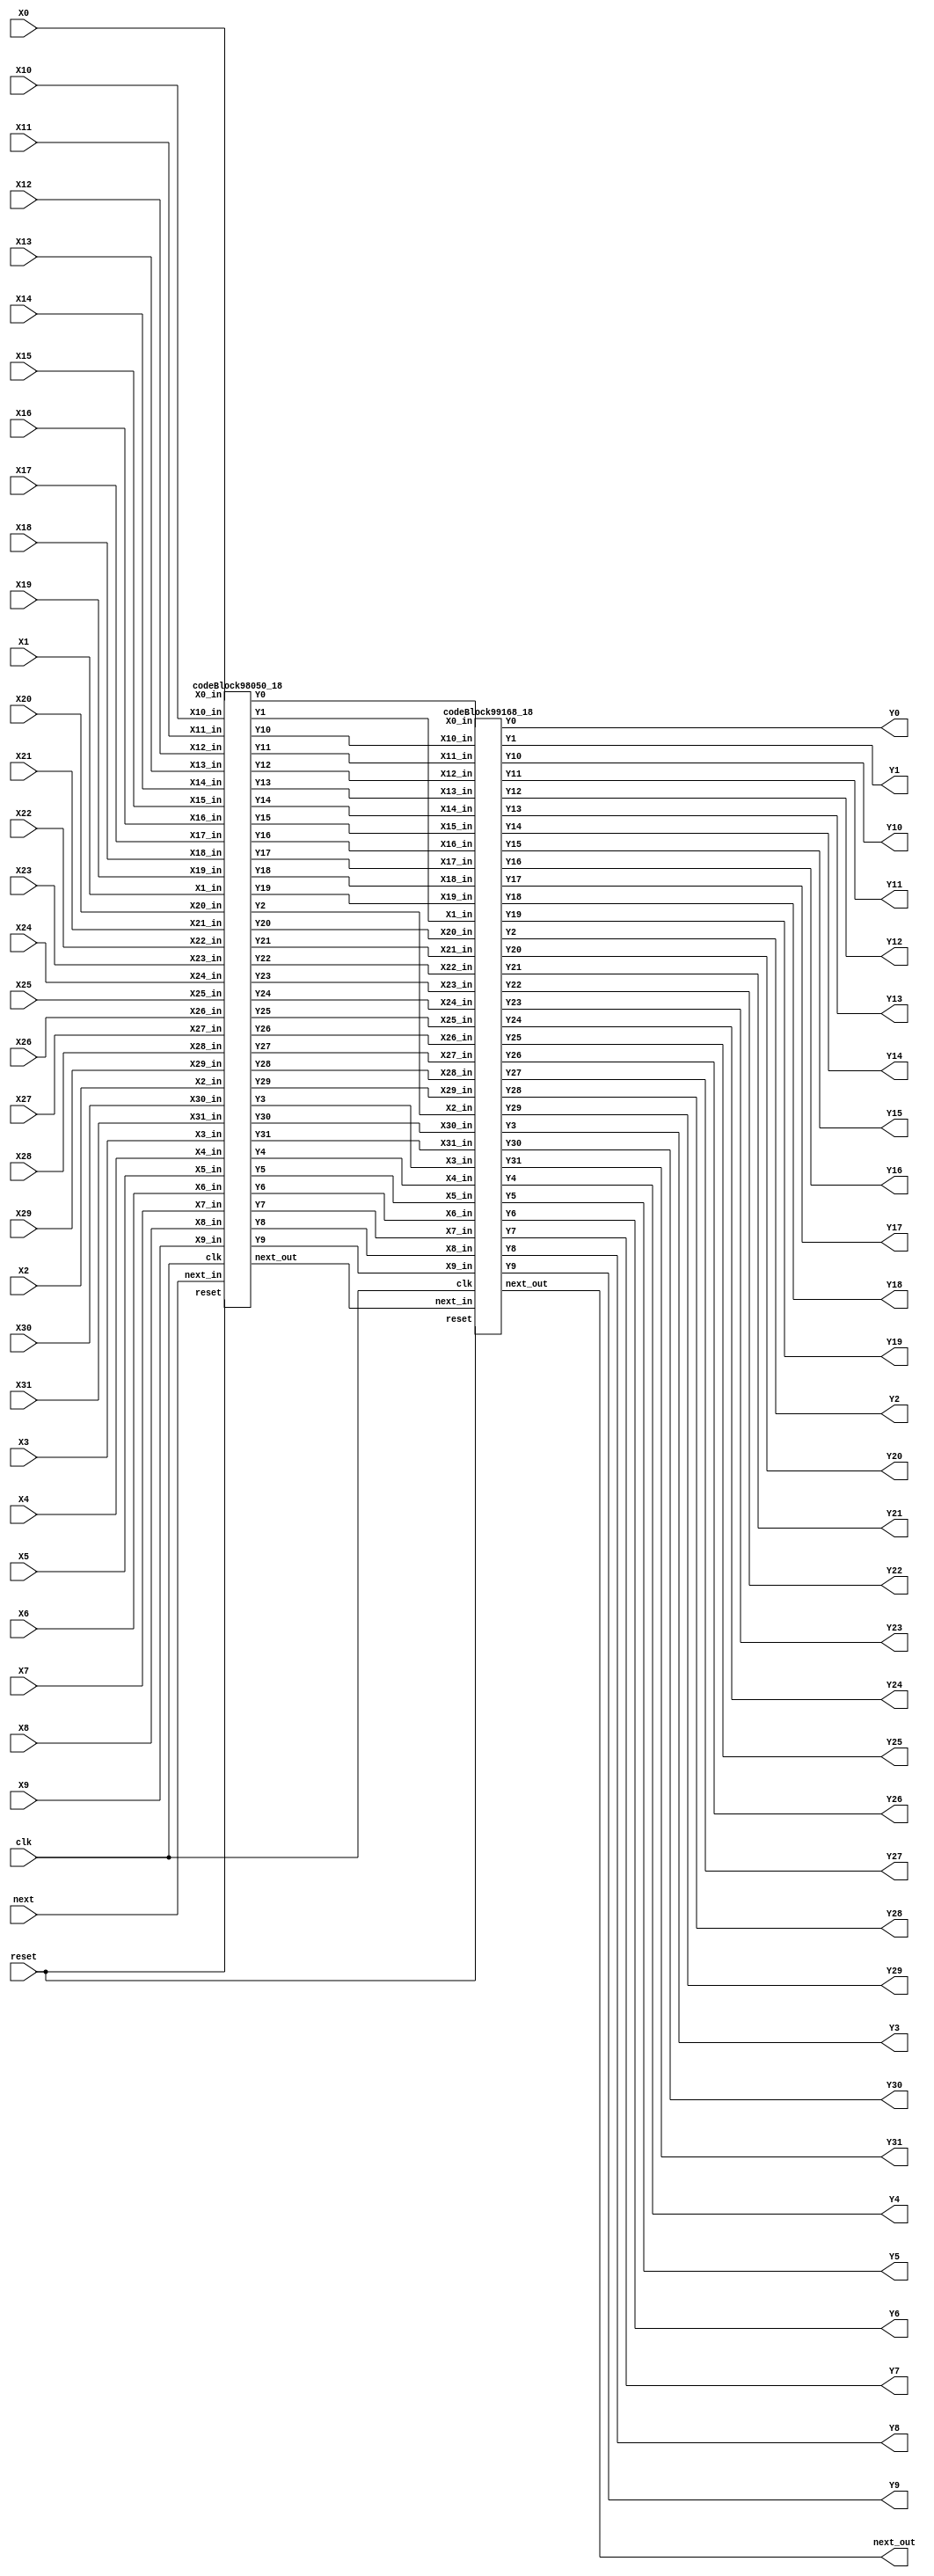
`define SIMULATION_MEMORY

module idft_16_top_18 (
	input clk,
	input reset,
	input next,
	input [17:0] X0,
	output [17:0] Y0,
	input [17:0] X1,
	output [17:0] Y1,
	input [17:0] X2,
	output [17:0] Y2,
	input [17:0] X3,
	output [17:0] Y3,
	input [17:0] X4,
	output [17:0] Y4,
	input [17:0] X5,
	output [17:0] Y5,
	input [17:0] X6,
	output [17:0] Y6,
	input [17:0] X7,
	output [17:0] Y7,
	input [17:0] X8,
	output [17:0] Y8,
	input [17:0] X9,
	output [17:0] Y9,
	input [17:0] X10,
	output [17:0] Y10,
	input [17:0] X11,
	output [17:0] Y11,
	input [17:0] X12,
	output [17:0] Y12,
	input [17:0] X13,
	output [17:0] Y13,
	input [17:0] X14,
	output [17:0] Y14,
	input [17:0] X15,
	output [17:0] Y15,
	input [17:0] X16,
	output [17:0] Y16,
	input [17:0] X17,
	output [17:0] Y17,
	input [17:0] X18,
	output [17:0] Y18,
	input [17:0] X19,
	output [17:0] Y19,
	input [17:0] X20,
	output [17:0] Y20,
	input [17:0] X21,
	output [17:0] Y21,
	input [17:0] X22,
	output [17:0] Y22,
	input [17:0] X23,
	output [17:0] Y23,
	input [17:0] X24,
	output [17:0] Y24,
	input [17:0] X25,
	output [17:0] Y25,
	input [17:0] X26,
	output [17:0] Y26,
	input [17:0] X27,
	output [17:0] Y27,
	input [17:0] X28,
	output [17:0] Y28,
	input [17:0] X29,
	output [17:0] Y29,
	input [17:0] X30,
	output [17:0] Y30,
	input [17:0] X31,
	output [17:0] Y31,
	output next_out
);
wire [17:0] t0_0;
wire [17:0] t0_1;
wire [17:0] t0_2;
wire [17:0] t0_3;
wire [17:0] t0_4;
wire [17:0] t0_5;
wire [17:0] t0_6;
wire [17:0] t0_7;
wire [17:0] t0_8;
wire [17:0] t0_9;
wire [17:0] t0_10;
wire [17:0] t0_11;
wire [17:0] t0_12;
wire [17:0] t0_13;
wire [17:0] t0_14;
wire [17:0] t0_15;
wire [17:0] t0_16;
wire [17:0] t0_17;
wire [17:0] t0_18;
wire [17:0] t0_19;
wire [17:0] t0_20;
wire [17:0] t0_21;
wire [17:0] t0_22;
wire [17:0] t0_23;
wire [17:0] t0_24;
wire [17:0] t0_25;
wire [17:0] t0_26;
wire [17:0] t0_27;
wire [17:0] t0_28;
wire [17:0] t0_29;
wire [17:0] t0_30;
wire [17:0] t0_31;
wire next_0;
wire [17:0] t1_0;
wire [17:0] t1_1;
wire [17:0] t1_2;
wire [17:0] t1_3;
wire [17:0] t1_4;
wire [17:0] t1_5;
wire [17:0] t1_6;
wire [17:0] t1_7;
wire [17:0] t1_8;
wire [17:0] t1_9;
wire [17:0] t1_10;
wire [17:0] t1_11;
wire [17:0] t1_12;
wire [17:0] t1_13;
wire [17:0] t1_14;
wire [17:0] t1_15;
wire [17:0] t1_16;
wire [17:0] t1_17;
wire [17:0] t1_18;
wire [17:0] t1_19;
wire [17:0] t1_20;
wire [17:0] t1_21;
wire [17:0] t1_22;
wire [17:0] t1_23;
wire [17:0] t1_24;
wire [17:0] t1_25;
wire [17:0] t1_26;
wire [17:0] t1_27;
wire [17:0] t1_28;
wire [17:0] t1_29;
wire [17:0] t1_30;
wire [17:0] t1_31;
wire next_1;
wire [17:0] t2_0;
wire [17:0] t2_1;
wire [17:0] t2_2;
wire [17:0] t2_3;
wire [17:0] t2_4;
wire [17:0] t2_5;
wire [17:0] t2_6;
wire [17:0] t2_7;
wire [17:0] t2_8;
wire [17:0] t2_9;
wire [17:0] t2_10;
wire [17:0] t2_11;
wire [17:0] t2_12;
wire [17:0] t2_13;
wire [17:0] t2_14;
wire [17:0] t2_15;
wire [17:0] t2_16;
wire [17:0] t2_17;
wire [17:0] t2_18;
wire [17:0] t2_19;
wire [17:0] t2_20;
wire [17:0] t2_21;
wire [17:0] t2_22;
wire [17:0] t2_23;
wire [17:0] t2_24;
wire [17:0] t2_25;
wire [17:0] t2_26;
wire [17:0] t2_27;
wire [17:0] t2_28;
wire [17:0] t2_29;
wire [17:0] t2_30;
wire [17:0] t2_31;
wire next_2;

assign t0_0 = X0;
assign Y0 = t2_0;
assign t0_1 = X1;
assign Y1 = t2_1;
assign t0_2 = X2;
assign Y2 = t2_2;
assign t0_3 = X3;
assign Y3 = t2_3;
assign t0_4 = X4;
assign Y4 = t2_4;
assign t0_5 = X5;
assign Y5 = t2_5;
assign t0_6 = X6;
assign Y6 = t2_6;
assign t0_7 = X7;
assign Y7 = t2_7;
assign t0_8 = X8;
assign Y8 = t2_8;
assign t0_9 = X9;
assign Y9 = t2_9;
assign t0_10 = X10;
assign Y10 = t2_10;
assign t0_11 = X11;
assign Y11 = t2_11;
assign t0_12 = X12;
assign Y12 = t2_12;
assign t0_13 = X13;
assign Y13 = t2_13;
assign t0_14 = X14;
assign Y14 = t2_14;
assign t0_15 = X15;
assign Y15 = t2_15;
assign t0_16 = X16;
assign Y16 = t2_16;
assign t0_17 = X17;
assign Y17 = t2_17;
assign t0_18 = X18;
assign Y18 = t2_18;
assign t0_19 = X19;
assign Y19 = t2_19;
assign t0_20 = X20;
assign Y20 = t2_20;
assign t0_21 = X21;
assign Y21 = t2_21;
assign t0_22 = X22;
assign Y22 = t2_22;
assign t0_23 = X23;
assign Y23 = t2_23;
assign t0_24 = X24;
assign Y24 = t2_24;
assign t0_25 = X25;
assign Y25 = t2_25;
assign t0_26 = X26;
assign Y26 = t2_26;
assign t0_27 = X27;
assign Y27 = t2_27;
assign t0_28 = X28;
assign Y28 = t2_28;
assign t0_29 = X29;
assign Y29 = t2_29;
assign t0_30 = X30;
assign Y30 = t2_30;
assign t0_31 = X31;
assign Y31 = t2_31;
assign next_0 = next;
assign next_out = next_2;
codeBlock98050_18 codeBlock98050_18_inst (
	.clk(clk),
	.reset(reset),
	.next_in(next_0),
	.X0_in(t0_0),
	.Y0(t1_0),
	.X1_in(t0_1),
	.Y1(t1_1),
	.X2_in(t0_2),
	.Y2(t1_2),
	.X3_in(t0_3),
	.Y3(t1_3),
	.X4_in(t0_4),
	.Y4(t1_4),
	.X5_in(t0_5),
	.Y5(t1_5),
	.X6_in(t0_6),
	.Y6(t1_6),
	.X7_in(t0_7),
	.Y7(t1_7),
	.X8_in(t0_8),
	.Y8(t1_8),
	.X9_in(t0_9),
	.Y9(t1_9),
	.X10_in(t0_10),
	.Y10(t1_10),
	.X11_in(t0_11),
	.Y11(t1_11),
	.X12_in(t0_12),
	.Y12(t1_12),
	.X13_in(t0_13),
	.Y13(t1_13),
	.X14_in(t0_14),
	.Y14(t1_14),
	.X15_in(t0_15),
	.Y15(t1_15),
	.X16_in(t0_16),
	.Y16(t1_16),
	.X17_in(t0_17),
	.Y17(t1_17),
	.X18_in(t0_18),
	.Y18(t1_18),
	.X19_in(t0_19),
	.Y19(t1_19),
	.X20_in(t0_20),
	.Y20(t1_20),
	.X21_in(t0_21),
	.Y21(t1_21),
	.X22_in(t0_22),
	.Y22(t1_22),
	.X23_in(t0_23),
	.Y23(t1_23),
	.X24_in(t0_24),
	.Y24(t1_24),
	.X25_in(t0_25),
	.Y25(t1_25),
	.X26_in(t0_26),
	.Y26(t1_26),
	.X27_in(t0_27),
	.Y27(t1_27),
	.X28_in(t0_28),
	.Y28(t1_28),
	.X29_in(t0_29),
	.Y29(t1_29),
	.X30_in(t0_30),
	.Y30(t1_30),
	.X31_in(t0_31),
	.Y31(t1_31),
	.next_out(next_1)
);

codeBlock99168_18 codeBlock99168_18_inst (
	.clk(clk),
	.reset(reset),
	.next_in(next_1),
	.X0_in(t1_0),
	.Y0(t2_0),
	.X1_in(t1_1),
	.Y1(t2_1),
	.X2_in(t1_2),
	.Y2(t2_2),
	.X3_in(t1_3),
	.Y3(t2_3),
	.X4_in(t1_4),
	.Y4(t2_4),
	.X5_in(t1_5),
	.Y5(t2_5),
	.X6_in(t1_6),
	.Y6(t2_6),
	.X7_in(t1_7),
	.Y7(t2_7),
	.X8_in(t1_8),
	.Y8(t2_8),
	.X9_in(t1_9),
	.Y9(t2_9),
	.X10_in(t1_10),
	.Y10(t2_10),
	.X11_in(t1_11),
	.Y11(t2_11),
	.X12_in(t1_12),
	.Y12(t2_12),
	.X13_in(t1_13),
	.Y13(t2_13),
	.X14_in(t1_14),
	.Y14(t2_14),
	.X15_in(t1_15),
	.Y15(t2_15),
	.X16_in(t1_16),
	.Y16(t2_16),
	.X17_in(t1_17),
	.Y17(t2_17),
	.X18_in(t1_18),
	.Y18(t2_18),
	.X19_in(t1_19),
	.Y19(t2_19),
	.X20_in(t1_20),
	.Y20(t2_20),
	.X21_in(t1_21),
	.Y21(t2_21),
	.X22_in(t1_22),
	.Y22(t2_22),
	.X23_in(t1_23),
	.Y23(t2_23),
	.X24_in(t1_24),
	.Y24(t2_24),
	.X25_in(t1_25),
	.Y25(t2_25),
	.X26_in(t1_26),
	.Y26(t2_26),
	.X27_in(t1_27),
	.Y27(t2_27),
	.X28_in(t1_28),
	.Y28(t2_28),
	.X29_in(t1_29),
	.Y29(t2_29),
	.X30_in(t1_30),
	.Y30(t2_30),
	.X31_in(t1_31),
	.Y31(t2_31),
	.next_out(next_2)
);

endmodule
module codeBlock99168_18 (
	input clk,
	input reset,
	input next_in,
	input [17:0] X0_in,
	output [17:0] Y0,
	input [17:0] X1_in,
	output [17:0] Y1,
	input [17:0] X2_in,
	output [17:0] Y2,
	input [17:0] X3_in,
	output [17:0] Y3,
	input [17:0] X4_in,
	output [17:0] Y4,
	input [17:0] X5_in,
	output [17:0] Y5,
	input [17:0] X6_in,
	output [17:0] Y6,
	input [17:0] X7_in,
	output [17:0] Y7,
	input [17:0] X8_in,
	output [17:0] Y8,
	input [17:0] X9_in,
	output [17:0] Y9,
	input [17:0] X10_in,
	output [17:0] Y10,
	input [17:0] X11_in,
	output [17:0] Y11,
	input [17:0] X12_in,
	output [17:0] Y12,
	input [17:0] X13_in,
	output [17:0] Y13,
	input [17:0] X14_in,
	output [17:0] Y14,
	input [17:0] X15_in,
	output [17:0] Y15,
	input [17:0] X16_in,
	output [17:0] Y16,
	input [17:0] X17_in,
	output [17:0] Y17,
	input [17:0] X18_in,
	output [17:0] Y18,
	input [17:0] X19_in,
	output [17:0] Y19,
	input [17:0] X20_in,
	output [17:0] Y20,
	input [17:0] X21_in,
	output [17:0] Y21,
	input [17:0] X22_in,
	output [17:0] Y22,
	input [17:0] X23_in,
	output [17:0] Y23,
	input [17:0] X24_in,
	output [17:0] Y24,
	input [17:0] X25_in,
	output [17:0] Y25,
	input [17:0] X26_in,
	output [17:0] Y26,
	input [17:0] X27_in,
	output [17:0] Y27,
	input [17:0] X28_in,
	output [17:0] Y28,
	input [17:0] X29_in,
	output [17:0] Y29,
	input [17:0] X30_in,
	output [17:0] Y30,
	input [17:0] X31_in,
	output [17:0] Y31,
	output next_out
);

reg next;
reg [17:0] X0;
reg [17:0] X1;
reg [17:0] X2;
reg [17:0] X3;
reg [17:0] X4;
reg [17:0] X5;
reg [17:0] X6;
reg [17:0] X7;
reg [17:0] X8;
reg [17:0] X9;
reg [17:0] X10;
reg [17:0] X11;
reg [17:0] X12;
reg [17:0] X13;
reg [17:0] X14;
reg [17:0] X15;
reg [17:0] X16;
reg [17:0] X17;
reg [17:0] X18;
reg [17:0] X19;
reg [17:0] X20;
reg [17:0] X21;
reg [17:0] X22;
reg [17:0] X23;
reg [17:0] X24;
reg [17:0] X25;
reg [17:0] X26;
reg [17:0] X27;
reg [17:0] X28;
reg [17:0] X29;
reg [17:0] X30;
reg [17:0] X31;
shiftRegFIFO_2_1 shiftRegFIFO_2_1_inst (
	.X(next),
	.Y(next_out),
	.reset(reset),
	.clk(clk)
);
wire  [17:0] a65;
 		wire  [17:0] a66;
 		wire  [17:0] a67;
 		wire  [17:0] a68;
 		wire  [17:0] a73;
 		wire  [17:0] a74;
 		wire  [17:0] a75;
 		wire  [17:0] a76;
 		wire  [17:0] a81;
 		wire  [17:0] a82;
 		wire  [17:0] a83;
 		wire  [17:0] a84;
 		wire  [17:0] a89;
 		wire  [17:0] a90;
 		wire  [17:0] a91;
 		wire  [17:0] a92;
 		wire  [17:0] a97;
 		wire  [17:0] a98;
 		wire  [17:0] a99;
 		wire  [17:0] a100;
 		wire  [17:0] a105;
 		wire  [17:0] a106;
 		wire  [17:0] a107;
 		wire  [17:0] a108;
 		wire  [17:0] a113;
 		wire  [17:0] a114;
 		wire  [17:0] a115;
 		wire  [17:0] a116;
 		wire  [17:0] a121;
 		wire  [17:0] a122;
 		wire  [17:0] a123;
 		wire  [17:0] a124;
 		wire  [17:0] t402;
 		wire  [17:0] t403;
 		wire  [17:0] t404;
 		wire  [17:0] t405;
 		wire  [17:0] t406;
 		wire  [17:0] t407;
 		wire  [17:0] t408;
 		wire  [17:0] t409;
 		wire  [17:0] t418;
 		wire  [17:0] t419;
 		wire  [17:0] t420;
 		wire  [17:0] t421;
 		wire  [17:0] t422;
 		wire  [17:0] t423;
 		wire  [17:0] t424;
 		wire  [17:0] t425;
 		wire  [17:0] t434;
 		wire  [17:0] t435;
 		wire  [17:0] t436;
 		wire  [17:0] t437;
 		wire  [17:0] t438;
 		wire  [17:0] t439;
 		wire  [17:0] t440;
 		wire  [17:0] t441;
 		wire  [17:0] t450;
 		wire  [17:0] t451;
 		wire  [17:0] t452;
 		wire  [17:0] t453;
 		wire  [17:0] t454;
 		wire  [17:0] t455;
 		wire  [17:0] t456;
 		wire  [17:0] t457;
 		wire  [17:0] t410;
 		wire  [17:0] t411;
 		wire  [17:0] t412;
 		wire  [17:0] t413;
 		wire  [17:0] t414;
 		wire  [17:0] t415;
 		wire  [17:0] t416;
 		wire  [17:0] t417;
 		wire  [17:0] t426;
 		wire  [17:0] t427;
 		wire  [17:0] t428;
 		wire  [17:0] t429;
 		wire  [17:0] t430;
 		wire  [17:0] t431;
 		wire  [17:0] t432;
 		wire  [17:0] t433;
 		wire  [17:0] t442;
 		wire  [17:0] t443;
 		wire  [17:0] t444;
 		wire  [17:0] t445;
 		wire  [17:0] t446;
 		wire  [17:0] t447;
 		wire  [17:0] t448;
 		wire  [17:0] t449;
 		wire  [17:0] t458;
 		wire  [17:0] t459;
 		wire  [17:0] t460;
 		wire  [17:0] t461;
 		wire  [17:0] t462;
 		wire  [17:0] t463;
 		wire  [17:0] t464;
 		wire  [17:0] t465;

assign a65 = X0;
 		assign a66 = X16;
 		assign a67 = X1;
 		assign a68 = X17;
 		assign a73 = X8;
 		assign a74 = X24;
 		assign a75 = X9;
 		assign a76 = X25;
 		assign a81 = X2;
 		assign a82 = X18;
 		assign a83 = X3;
 		assign a84 = X19;
 		assign a89 = X10;
 		assign a90 = X26;
 		assign a91 = X11;
 		assign a92 = X27;
 		assign a97 = X4;
 		assign a98 = X20;
 		assign a99 = X5;
 		assign a100 = X21;
 		assign a105 = X12;
 		assign a106 = X28;
 		assign a107 = X13;
 		assign a108 = X29;
 		assign a113 = X6;
 		assign a114 = X22;
 		assign a115 = X7;
 		assign a116 = X23;
 		assign a121 = X14;
 		assign a122 = X30;
 		assign a123 = X15;
 		assign a124 = X31;
 		assign Y0 = t410;
 		assign Y1 = t411;
 		assign Y16 = t412;
 		assign Y17 = t413;
 		assign Y8 = t414;
 		assign Y9 = t415;
 		assign Y24 = t416;
 		assign Y25 = t417;
 		assign Y2 = t426;
 		assign Y3 = t427;
 		assign Y18 = t428;
 		assign Y19 = t429;
 		assign Y10 = t430;
 		assign Y11 = t431;
 		assign Y26 = t432;
 		assign Y27 = t433;
 		assign Y4 = t442;
 		assign Y5 = t443;
 		assign Y20 = t444;
 		assign Y21 = t445;
 		assign Y12 = t446;
 		assign Y13 = t447;
 		assign Y28 = t448;
 		assign Y29 = t449;
 		assign Y6 = t458;
 		assign Y7 = t459;
 		assign Y22 = t460;
 		assign Y23 = t461;
 		assign Y14 = t462;
 		assign Y15 = t463;
 		assign Y30 = t464;
 		assign Y31 = t465;

addfxp_18_1 add99180(.a(a65), .b(a66), .clk(clk), .q(t402));
 		addfxp_18_1 add99195(.a(a67), .b(a68), .clk(clk), .q(t403));
 		subfxp_18_1 sub99210(.a(a65), .b(a66), .clk(clk), .q(t404));
 		subfxp_18_1 sub99225(.a(a67), .b(a68), .clk(clk), .q(t405));
 		addfxp_18_1 add99240(.a(a73), .b(a74), .clk(clk), .q(t406));
 		addfxp_18_1 add99255(.a(a75), .b(a76), .clk(clk), .q(t407));
 		subfxp_18_1 sub99270(.a(a73), .b(a74), .clk(clk), .q(t408));
 		subfxp_18_1 sub99285(.a(a75), .b(a76), .clk(clk), .q(t409));
 		addfxp_18_1 add99388(.a(a81), .b(a82), .clk(clk), .q(t418));
 		addfxp_18_1 add99403(.a(a83), .b(a84), .clk(clk), .q(t419));
 		subfxp_18_1 sub99418(.a(a81), .b(a82), .clk(clk), .q(t420));
 		subfxp_18_1 sub99433(.a(a83), .b(a84), .clk(clk), .q(t421));
 		addfxp_18_1 add99448(.a(a89), .b(a90), .clk(clk), .q(t422));
 		addfxp_18_1 add99463(.a(a91), .b(a92), .clk(clk), .q(t423));
 		subfxp_18_1 sub99478(.a(a89), .b(a90), .clk(clk), .q(t424));
 		subfxp_18_1 sub99493(.a(a91), .b(a92), .clk(clk), .q(t425));
 		addfxp_18_1 add99596(.a(a97), .b(a98), .clk(clk), .q(t434));
 		addfxp_18_1 add99611(.a(a99), .b(a100), .clk(clk), .q(t435));
 		subfxp_18_1 sub99626(.a(a97), .b(a98), .clk(clk), .q(t436));
 		subfxp_18_1 sub99641(.a(a99), .b(a100), .clk(clk), .q(t437));
 		addfxp_18_1 add99656(.a(a105), .b(a106), .clk(clk), .q(t438));
 		addfxp_18_1 add99671(.a(a107), .b(a108), .clk(clk), .q(t439));
 		subfxp_18_1 sub99686(.a(a105), .b(a106), .clk(clk), .q(t440));
 		subfxp_18_1 sub99701(.a(a107), .b(a108), .clk(clk), .q(t441));
 		addfxp_18_1 add99804(.a(a113), .b(a114), .clk(clk), .q(t450));
 		addfxp_18_1 add99819(.a(a115), .b(a116), .clk(clk), .q(t451));
 		subfxp_18_1 sub99834(.a(a113), .b(a114), .clk(clk), .q(t452));
 		subfxp_18_1 sub99849(.a(a115), .b(a116), .clk(clk), .q(t453));
 		addfxp_18_1 add99864(.a(a121), .b(a122), .clk(clk), .q(t454));
 		addfxp_18_1 add99879(.a(a123), .b(a124), .clk(clk), .q(t455));
 		subfxp_18_1 sub99894(.a(a121), .b(a122), .clk(clk), .q(t456));
 		subfxp_18_1 sub99909(.a(a123), .b(a124), .clk(clk), .q(t457));
 		addfxp_18_1 add99292(.a(t402), .b(t406), .clk(clk), .q(t410));
 		addfxp_18_1 add99299(.a(t403), .b(t407), .clk(clk), .q(t411));
 		subfxp_18_1 sub99306(.a(t402), .b(t406), .clk(clk), .q(t412));
 		subfxp_18_1 sub99313(.a(t403), .b(t407), .clk(clk), .q(t413));
 		subfxp_18_1 sub99336(.a(t404), .b(t409), .clk(clk), .q(t414));
 		addfxp_18_1 add99343(.a(t405), .b(t408), .clk(clk), .q(t415));
 		addfxp_18_1 add99350(.a(t404), .b(t409), .clk(clk), .q(t416));
 		subfxp_18_1 sub99357(.a(t405), .b(t408), .clk(clk), .q(t417));
 		addfxp_18_1 add99500(.a(t418), .b(t422), .clk(clk), .q(t426));
 		addfxp_18_1 add99507(.a(t419), .b(t423), .clk(clk), .q(t427));
 		subfxp_18_1 sub99514(.a(t418), .b(t422), .clk(clk), .q(t428));
 		subfxp_18_1 sub99521(.a(t419), .b(t423), .clk(clk), .q(t429));
 		subfxp_18_1 sub99544(.a(t420), .b(t425), .clk(clk), .q(t430));
 		addfxp_18_1 add99551(.a(t421), .b(t424), .clk(clk), .q(t431));
 		addfxp_18_1 add99558(.a(t420), .b(t425), .clk(clk), .q(t432));
 		subfxp_18_1 sub99565(.a(t421), .b(t424), .clk(clk), .q(t433));
 		addfxp_18_1 add99708(.a(t434), .b(t438), .clk(clk), .q(t442));
 		addfxp_18_1 add99715(.a(t435), .b(t439), .clk(clk), .q(t443));
 		subfxp_18_1 sub99722(.a(t434), .b(t438), .clk(clk), .q(t444));
 		subfxp_18_1 sub99729(.a(t435), .b(t439), .clk(clk), .q(t445));
 		subfxp_18_1 sub99752(.a(t436), .b(t441), .clk(clk), .q(t446));
 		addfxp_18_1 add99759(.a(t437), .b(t440), .clk(clk), .q(t447));
 		addfxp_18_1 add99766(.a(t436), .b(t441), .clk(clk), .q(t448));
 		subfxp_18_1 sub99773(.a(t437), .b(t440), .clk(clk), .q(t449));
 		addfxp_18_1 add99916(.a(t450), .b(t454), .clk(clk), .q(t458));
 		addfxp_18_1 add99923(.a(t451), .b(t455), .clk(clk), .q(t459));
 		subfxp_18_1 sub99930(.a(t450), .b(t454), .clk(clk), .q(t460));
 		subfxp_18_1 sub99937(.a(t451), .b(t455), .clk(clk), .q(t461));
 		subfxp_18_1 sub99960(.a(t452), .b(t457), .clk(clk), .q(t462));
 		addfxp_18_1 add99967(.a(t453), .b(t456), .clk(clk), .q(t463));
 		addfxp_18_1 add99974(.a(t452), .b(t457), .clk(clk), .q(t464));
 		subfxp_18_1 sub99981(.a(t453), .b(t456), .clk(clk), .q(t465));

always @(posedge clk) begin
	if (reset == 1) begin
		next <= 1'b0;
	end else begin
		X0 <= X0_in;
		X1 <= X1_in;
		X2 <= X2_in;
		X3 <= X3_in;
		X4 <= X4_in;
		X5 <= X5_in;
		X6 <= X6_in;
		X7 <= X7_in;
		X8 <= X8_in;
		X9 <= X9_in;
		X10 <= X10_in;
		X11 <= X11_in;
		X12 <= X12_in;
		X13 <= X13_in;
		X14 <= X14_in;
		X15 <= X15_in;
		X16 <= X16_in;
		X17 <= X17_in;
		X18 <= X18_in;
		X19 <= X19_in;
		X20 <= X20_in;
		X21 <= X21_in;
		X22 <= X22_in;
		X23 <= X23_in;
		X24 <= X24_in;
		X25 <= X25_in;
		X26 <= X26_in;
		X27 <= X27_in;
		X28 <= X28_in;
		X29 <= X29_in;
		X30 <= X30_in;
		X31 <= X31_in;
		next <= next_in;
	end
end

endmodule
module subfxp_18_1 (
	input [17:0] a,
	input [17:0] b,
	input clk,
	output [17:0] q
);

reg [17:0] res_0;
assign q = res_0;

always @(posedge clk) begin
	res_0 <= a + b;
end

endmodule
module addfxp_18_1 (
	input [17:0] a,
	input [17:0] b,
	input clk,
	output [17:0] q
);

reg [17:0] res_0;
assign q = res_0;

always @(posedge clk) begin
	res_0 <= a + b;
end

endmodule
module shiftRegFIFO_2_1 (
	input [0:0] X,
	output [0:0] Y,
	input reset,
	input clk
);

reg [0:0] mem_0;
reg [0:0] mem_1;
assign Y = mem_1;

always @ (posedge clk) begin
	if (reset) begin
		mem_0 <= 0;
		mem_1 <= 0;
	end else begin
		mem_1 <= mem_0;
		mem_0 <= X;
	end
end

endmodule
module codeBlock98050_18 (
	input clk,
	input reset,
	input next_in,
	input [17:0] X0_in,
	output [17:0] Y0,
	input [17:0] X1_in,
	output [17:0] Y1,
	input [17:0] X2_in,
	output [17:0] Y2,
	input [17:0] X3_in,
	output [17:0] Y3,
	input [17:0] X4_in,
	output [17:0] Y4,
	input [17:0] X5_in,
	output [17:0] Y5,
	input [17:0] X6_in,
	output [17:0] Y6,
	input [17:0] X7_in,
	output [17:0] Y7,
	input [17:0] X8_in,
	output [17:0] Y8,
	input [17:0] X9_in,
	output [17:0] Y9,
	input [17:0] X10_in,
	output [17:0] Y10,
	input [17:0] X11_in,
	output [17:0] Y11,
	input [17:0] X12_in,
	output [17:0] Y12,
	input [17:0] X13_in,
	output [17:0] Y13,
	input [17:0] X14_in,
	output [17:0] Y14,
	input [17:0] X15_in,
	output [17:0] Y15,
	input [17:0] X16_in,
	output [17:0] Y16,
	input [17:0] X17_in,
	output [17:0] Y17,
	input [17:0] X18_in,
	output [17:0] Y18,
	input [17:0] X19_in,
	output [17:0] Y19,
	input [17:0] X20_in,
	output [17:0] Y20,
	input [17:0] X21_in,
	output [17:0] Y21,
	input [17:0] X22_in,
	output [17:0] Y22,
	input [17:0] X23_in,
	output [17:0] Y23,
	input [17:0] X24_in,
	output [17:0] Y24,
	input [17:0] X25_in,
	output [17:0] Y25,
	input [17:0] X26_in,
	output [17:0] Y26,
	input [17:0] X27_in,
	output [17:0] Y27,
	input [17:0] X28_in,
	output [17:0] Y28,
	input [17:0] X29_in,
	output [17:0] Y29,
	input [17:0] X30_in,
	output [17:0] Y30,
	input [17:0] X31_in,
	output [17:0] Y31,
	output next_out
);

reg next;
reg [17:0] X0;
reg [17:0] X1;
reg [17:0] X2;
reg [17:0] X3;
reg [17:0] X4;
reg [17:0] X5;
reg [17:0] X6;
reg [17:0] X7;
reg [17:0] X8;
reg [17:0] X9;
reg [17:0] X10;
reg [17:0] X11;
reg [17:0] X12;
reg [17:0] X13;
reg [17:0] X14;
reg [17:0] X15;
reg [17:0] X16;
reg [17:0] X17;
reg [17:0] X18;
reg [17:0] X19;
reg [17:0] X20;
reg [17:0] X21;
reg [17:0] X22;
reg [17:0] X23;
reg [17:0] X24;
reg [17:0] X25;
reg [17:0] X26;
reg [17:0] X27;
reg [17:0] X28;
reg [17:0] X29;
reg [17:0] X30;
reg [17:0] X31;
shiftRegFIFO_5_1 shiftRegFIFO_5_1_inst (
	.X(next),
	.Y(next_out),
	.reset(reset),
	.clk(clk)
);
wire  [17:0] a249;
 		wire  [17:0] a250;
 		wire  [17:0] a251;
 		wire  [17:0] a252;
 		wire  [17:0] a257;
 		wire  [17:0] a258;
 		wire  [17:0] a259;
 		wire  [17:0] a260;
 		wire  [17:0] a265;
 		wire  [17:0] a266;
 		wire  [17:0] a267;
 		wire  [17:0] a268;
 		wire  [17:0] a273;
 		wire  [17:0] a274;
 		wire  [17:0] a275;
 		wire  [17:0] a276;
 		wire  [17:0] a281;
 		wire  [17:0] a282;
 		wire  [17:0] a283;
 		wire  [17:0] a284;
 		wire  [17:0] a289;
 		wire  [17:0] a290;
 		wire  [17:0] a291;
 		wire  [17:0] a292;
 		wire  [17:0] a297;
 		wire  [17:0] a298;
 		wire  [17:0] a299;
 		wire  [17:0] a300;
 		wire  [17:0] a305;
 		wire  [17:0] a306;
 		wire  [17:0] a307;
 		wire  [17:0] a308;
 		wire  [17:0] t914;
 		wire  [17:0] t915;
 		wire  [17:0] t916;
 		wire  [17:0] t917;
 		wire  [17:0] t918;
 		wire  [17:0] t919;
 		wire  [17:0] t920;
 		wire  [17:0] t921;
 		wire  [17:0] t930;
 		wire  [17:0] t931;
 		wire  [17:0] t932;
 		wire  [17:0] t933;
 		wire  [17:0] t934;
 		wire  [17:0] t935;
 		wire  [17:0] t936;
 		wire  [17:0] t937;
 		wire  [17:0] t952;
 		wire  [17:0] t953;
 		wire  [17:0] t954;
 		wire  [17:0] t955;
 		wire  [17:0] t956;
 		wire  [17:0] t957;
 		wire  [17:0] t958;
 		wire  [17:0] t959;
 		wire  [17:0] t972;
 		wire  [17:0] t973;
 		wire  [17:0] t974;
 		wire  [17:0] t975;
 		wire  [17:0] t976;
 		wire  [17:0] t977;
 		wire  [17:0] t978;
 		wire  [17:0] t979;
 		wire  [17:0] t922;
 		wire  [17:0] t923;
 		wire  [17:0] t924;
 		wire  [17:0] t925;
 		wire  [17:0] t926;
 		wire  [17:0] t927;
 		wire  [17:0] t928;
 		wire  [17:0] t929;
 		wire  [17:0] t938;
 		wire  [17:0] t939;
 		wire  [17:0] t940;
 		wire  [17:0] t941;
 		wire  [17:0] t944;
 		wire  [17:0] t945;
 		wire  [17:0] t946;
 		wire  [17:0] t947;
 		wire  [17:0] t960;
 		wire  [17:0] t961;
 		wire  [17:0] t962;
 		wire  [17:0] t963;
 		wire  [17:0] t964;
 		wire  [17:0] t965;
 		wire  [17:0] t966;
 		wire  [17:0] t967;
 		wire  [17:0] t980;
 		wire  [17:0] t981;
 		wire  [17:0] t982;
 		wire  [17:0] t983;
 		wire  [17:0] t986;
 		wire  [17:0] t987;
 		wire  [17:0] t988;
 		wire  [17:0] t989;
 		reg  [17:0] tm24;
 		reg  [17:0] tm27;
 		reg  [17:0] tm30;
 		reg  [17:0] tm33;
 		reg  [17:0] tm36;
 		reg  [17:0] tm39;
 		reg  [17:0] tm42;
 		reg  [17:0] tm45;
 		reg  [17:0] tm48;
 		reg  [17:0] tm51;
 		reg  [17:0] tm54;
 		reg  [17:0] tm57;
 		reg  [17:0] tm60;
 		reg  [17:0] tm63;
 		reg  [17:0] tm66;
 		reg  [17:0] tm69;
 		wire  [17:0] a225;
 		wire  [17:0] a226;
 		wire  [17:0] a227;
 		wire  [17:0] a228;
 		wire  [17:0] a229;
 		wire  [17:0] a230;
 		wire  [17:0] a231;
 		wire  [17:0] a232;
 		wire  [17:0] a233;
 		wire  [17:0] a234;
 		wire  [17:0] a235;
 		wire  [17:0] a236;
 		wire  [17:0] a237;
 		wire  [17:0] a238;
 		wire  [17:0] a239;
 		wire  [17:0] a240;
 		wire  [17:0] a241;
 		wire  [17:0] a242;
 		wire  [17:0] a243;
 		wire  [17:0] a244;
 		wire  [17:0] a245;
 		wire  [17:0] a246;
 		wire  [17:0] a247;
 		wire  [17:0] a248;
 		reg  [17:0] tm25;
 		reg  [17:0] tm28;
 		reg  [17:0] tm31;
 		reg  [17:0] tm34;
 		reg  [17:0] tm37;
 		reg  [17:0] tm40;
 		reg  [17:0] tm43;
 		reg  [17:0] tm46;
 		reg  [17:0] tm49;
 		reg  [17:0] tm52;
 		reg  [17:0] tm55;
 		reg  [17:0] tm58;
 		reg  [17:0] tm61;
 		reg  [17:0] tm64;
 		reg  [17:0] tm67;
 		reg  [17:0] tm70;
 		wire  [17:0] t942;
 		wire  [17:0] t943;
 		wire  [17:0] t948;
 		wire  [17:0] t949;
 		wire  [17:0] t950;
 		wire  [17:0] t951;
 		wire  [17:0] t968;
 		wire  [17:0] t969;
 		wire  [17:0] t970;
 		wire  [17:0] t971;
 		wire  [17:0] t984;
 		wire  [17:0] t985;
 		wire  [17:0] t990;
 		wire  [17:0] t991;
 		wire  [17:0] t992;
 		wire  [17:0] t993;
 		reg  [17:0] tm26;
 		reg  [17:0] tm29;
 		reg  [17:0] tm32;
 		reg  [17:0] tm35;
 		reg  [17:0] tm38;
 		reg  [17:0] tm41;
 		reg  [17:0] tm44;
 		reg  [17:0] tm47;
 		reg  [17:0] tm50;
 		reg  [17:0] tm53;
 		reg  [17:0] tm56;
 		reg  [17:0] tm59;
 		reg  [17:0] tm62;
 		reg  [17:0] tm65;
 		reg  [17:0] tm68;
 		reg  [17:0] tm71;

wire  [17:0] tm0;
assign tm0 = (18'hb505 >> (18-18));
wire  [17:0] tm2;
assign tm2 = (18'hec83 >> (18-18));
wire  [17:0] tm3;
assign tm3 = (18'h61f8 >> (18-18));

assign a249 = X0;
 		assign a250 = X16;
 		assign a251 = X1;
 		assign a252 = X17;
 		assign a257 = X8;
 		assign a258 = X24;
 		assign a259 = X9;
 		assign a260 = X25;
 		assign a265 = X2;
 		assign a266 = X18;
 		assign a267 = X3;
 		assign a268 = X19;
 		assign a273 = X10;
 		assign a274 = X26;
 		assign a275 = X11;
 		assign a276 = X27;
 		assign a281 = X4;
 		assign a282 = X20;
 		assign a283 = X5;
 		assign a284 = X21;
 		assign a289 = X12;
 		assign a290 = X28;
 		assign a291 = X13;
 		assign a292 = X29;
 		assign a297 = X6;
 		assign a298 = X22;
 		assign a299 = X7;
 		assign a300 = X23;
 		assign a305 = X14;
 		assign a306 = X30;
 		assign a307 = X15;
 		assign a308 = X31;
 		assign Y0 = tm26;
 		assign Y1 = tm29;
 		assign Y4 = tm32;
 		assign Y5 = tm35;
 		assign Y2 = tm38;
 		assign Y3 = tm41;
 		assign Y6 = tm44;
 		assign Y7 = tm47;
 		assign Y8 = tm50;
 		assign Y9 = tm53;
 		assign Y12 = t942;
 		assign Y13 = t943;
 		assign Y10 = t948;
 		assign Y11 = t949;
 		assign Y14 = t950;
 		assign Y15 = t951;
 		assign Y16 = tm56;
 		assign Y17 = tm59;
 		assign Y20 = tm62;
 		assign Y21 = tm65;
 		assign Y18 = t968;
 		assign Y19 = t969;
 		assign Y22 = (~(t970)+1);
 		assign Y23 = t971;
 		assign Y24 = tm68;
 		assign Y25 = tm71;
 		assign Y28 = (~(t984)+1);
 		assign Y29 = t985;
 		assign Y26 = t990;
 		assign Y27 = t991;
 		assign Y30 = t992;
 		assign Y31 = (~(t993)+1);

addfxp_18_1 add98062(.a(a249), .b(a250), .clk(clk), .q(t914));
 		addfxp_18_1 add98077(.a(a251), .b(a252), .clk(clk), .q(t915));
 		subfxp_18_1 sub98092(.a(a249), .b(a250), .clk(clk), .q(t916));
 		subfxp_18_1 sub98107(.a(a251), .b(a252), .clk(clk), .q(t917));
 		addfxp_18_1 add98122(.a(a257), .b(a258), .clk(clk), .q(t918));
 		addfxp_18_1 add98137(.a(a259), .b(a260), .clk(clk), .q(t919));
 		subfxp_18_1 sub98152(.a(a257), .b(a258), .clk(clk), .q(t920));
 		subfxp_18_1 sub98167(.a(a259), .b(a260), .clk(clk), .q(t921));
 		addfxp_18_1 add98270(.a(a265), .b(a266), .clk(clk), .q(t930));
 		addfxp_18_1 add98285(.a(a267), .b(a268), .clk(clk), .q(t931));
 		subfxp_18_1 sub98300(.a(a265), .b(a266), .clk(clk), .q(t932));
 		subfxp_18_1 sub98315(.a(a267), .b(a268), .clk(clk), .q(t933));
 		addfxp_18_1 add98330(.a(a273), .b(a274), .clk(clk), .q(t934));
 		addfxp_18_1 add98345(.a(a275), .b(a276), .clk(clk), .q(t935));
 		subfxp_18_1 sub98360(.a(a273), .b(a274), .clk(clk), .q(t936));
 		subfxp_18_1 sub98375(.a(a275), .b(a276), .clk(clk), .q(t937));
 		addfxp_18_1 add98590(.a(a281), .b(a282), .clk(clk), .q(t952));
 		addfxp_18_1 add98605(.a(a283), .b(a284), .clk(clk), .q(t953));
 		subfxp_18_1 sub98620(.a(a281), .b(a282), .clk(clk), .q(t954));
 		subfxp_18_1 sub98635(.a(a283), .b(a284), .clk(clk), .q(t955));
 		addfxp_18_1 add98650(.a(a289), .b(a290), .clk(clk), .q(t956));
 		addfxp_18_1 add98665(.a(a291), .b(a292), .clk(clk), .q(t957));
 		subfxp_18_1 sub98680(.a(a289), .b(a290), .clk(clk), .q(t958));
 		subfxp_18_1 sub98695(.a(a291), .b(a292), .clk(clk), .q(t959));
 		addfxp_18_1 add98856(.a(a297), .b(a298), .clk(clk), .q(t972));
 		addfxp_18_1 add98871(.a(a299), .b(a300), .clk(clk), .q(t973));
 		subfxp_18_1 sub98886(.a(a297), .b(a298), .clk(clk), .q(t974));
 		subfxp_18_1 sub98901(.a(a299), .b(a300), .clk(clk), .q(t975));
 		addfxp_18_1 add98916(.a(a305), .b(a306), .clk(clk), .q(t976));
 		addfxp_18_1 add98931(.a(a307), .b(a308), .clk(clk), .q(t977));
 		subfxp_18_1 sub98946(.a(a305), .b(a306), .clk(clk), .q(t978));
 		subfxp_18_1 sub98961(.a(a307), .b(a308), .clk(clk), .q(t979));
 		addfxp_18_1 add98174(.a(t914), .b(t918), .clk(clk), .q(t922));
 		addfxp_18_1 add98181(.a(t915), .b(t919), .clk(clk), .q(t923));
 		subfxp_18_1 sub98188(.a(t914), .b(t918), .clk(clk), .q(t924));
 		subfxp_18_1 sub98195(.a(t915), .b(t919), .clk(clk), .q(t925));
 		subfxp_18_1 sub98218(.a(t916), .b(t921), .clk(clk), .q(t926));
 		addfxp_18_1 add98225(.a(t917), .b(t920), .clk(clk), .q(t927));
 		addfxp_18_1 add98232(.a(t916), .b(t921), .clk(clk), .q(t928));
 		subfxp_18_1 sub98239(.a(t917), .b(t920), .clk(clk), .q(t929));
 		addfxp_18_1 add98382(.a(t930), .b(t934), .clk(clk), .q(t938));
 		addfxp_18_1 add98389(.a(t931), .b(t935), .clk(clk), .q(t939));
 		subfxp_18_1 sub98396(.a(t930), .b(t934), .clk(clk), .q(t940));
 		subfxp_18_1 sub98403(.a(t931), .b(t935), .clk(clk), .q(t941));
 		subfxp_18_1 sub98454(.a(t932), .b(t937), .clk(clk), .q(t944));
 		addfxp_18_1 add98461(.a(t933), .b(t936), .clk(clk), .q(t945));
 		addfxp_18_1 add98468(.a(t932), .b(t937), .clk(clk), .q(t946));
 		subfxp_18_1 sub98475(.a(t933), .b(t936), .clk(clk), .q(t947));
 		addfxp_18_1 add98702(.a(t952), .b(t956), .clk(clk), .q(t960));
 		addfxp_18_1 add98709(.a(t953), .b(t957), .clk(clk), .q(t961));
 		subfxp_18_1 sub98716(.a(t952), .b(t956), .clk(clk), .q(t962));
 		subfxp_18_1 sub98723(.a(t953), .b(t957), .clk(clk), .q(t963));
 		subfxp_18_1 sub98747(.a(t954), .b(t959), .clk(clk), .q(t964));
 		addfxp_18_1 add98754(.a(t955), .b(t958), .clk(clk), .q(t965));
 		addfxp_18_1 add98761(.a(t954), .b(t959), .clk(clk), .q(t966));
 		subfxp_18_1 sub98768(.a(t955), .b(t958), .clk(clk), .q(t967));
 		addfxp_18_1 add98968(.a(t972), .b(t976), .clk(clk), .q(t980));
 		addfxp_18_1 add98975(.a(t973), .b(t977), .clk(clk), .q(t981));
 		subfxp_18_1 sub98982(.a(t972), .b(t976), .clk(clk), .q(t982));
 		subfxp_18_1 sub98989(.a(t973), .b(t977), .clk(clk), .q(t983));
 		subfxp_18_1 sub99041(.a(t974), .b(t979), .clk(clk), .q(t986));
 		addfxp_18_1 add99048(.a(t975), .b(t978), .clk(clk), .q(t987));
 		addfxp_18_1 add99055(.a(t974), .b(t979), .clk(clk), .q(t988));
 		subfxp_18_1 sub99062(.a(t975), .b(t978), .clk(clk), .q(t989));

multfix_alt_dsp_18 m88566(.ax(tm0), .ay(t940), .bx(tm0), .by(t941), .clk(clk), .a_q_sc(a225), .a_q_unsc(), .b_q_sc(a226), .b_q_unsc(), .rst(reset));
 			multfix_alt_dsp_18 m88570(.ax(tm2), .ay(t944), .bx(tm3), .by(t945), .clk(clk), .a_q_sc(a227), .a_q_unsc(), .b_q_sc(a228), .b_q_unsc(), .rst(reset));
 			multfix_alt_dsp_18 m88572(.ax(tm3), .ay(t944), .bx(tm2), .by(t945), .clk(clk), .a_q_sc(a229), .a_q_unsc(), .b_q_sc(a230), .b_q_unsc(), .rst(reset));
 			multfix_alt_dsp_18 m88574(.ax(tm3), .ay(t946), .bx(tm2), .by(t947), .clk(clk), .a_q_sc(a231), .a_q_unsc(), .b_q_sc(a232), .b_q_unsc(), .rst(reset));
 			multfix_alt_dsp_18 m88576(.ax(tm2), .ay(t946), .bx(tm3), .by(t947), .clk(clk), .a_q_sc(a233), .a_q_unsc(), .b_q_sc(a234), .b_q_unsc(), .rst(reset));
 			multfix_alt_dsp_18 m88578(.ax(tm0), .ay(t964), .bx(tm0), .by(t965), .clk(clk), .a_q_sc(a235), .a_q_unsc(), .b_q_sc(a236), .b_q_unsc(), .rst(reset));
 			multfix_alt_dsp_18 m88580(.ax(tm0), .ay(t966), .bx(tm0), .by(t967), .clk(clk), .a_q_sc(a237), .a_q_unsc(), .b_q_sc(a238), .b_q_unsc(), .rst(reset));
 			multfix_alt_dsp_18 m88582(.ax(tm0), .ay(t982), .bx(tm0), .by(t983), .clk(clk), .a_q_sc(a239), .a_q_unsc(), .b_q_sc(a240), .b_q_unsc(), .rst(reset));
 			multfix_alt_dsp_18 m88584(.ax(tm3), .ay(t986), .bx(tm2), .by(t987), .clk(clk), .a_q_sc(a241), .a_q_unsc(), .b_q_sc(a242), .b_q_unsc(), .rst(reset));
 			multfix_alt_dsp_18 m88586(.ax(tm2), .ay(t986), .bx(tm3), .by(t987), .clk(clk), .a_q_sc(a243), .a_q_unsc(), .b_q_sc(a244), .b_q_unsc(), .rst(reset));
 			multfix_alt_dsp_18 m88588(.ax(tm3), .ay(t989), .bx(tm2), .by(t988), .clk(clk), .a_q_sc(a245), .a_q_unsc(), .b_q_sc(a246), .b_q_unsc(), .rst(reset));
 			multfix_alt_dsp_18 m88590(.ax(tm3), .ay(t988), .bx(tm2), .by(t989), .clk(clk), .a_q_sc(a247), .a_q_unsc(), .b_q_sc(a248), .b_q_unsc(), .rst(reset));

subfxp_18_1 sub98424(.a(a225), .b(a226), .clk(clk), .q(t942));
 		addfxp_18_1 add98431(.a(a225), .b(a226), .clk(clk), .q(t943));
 		subfxp_18_1 sub98496(.a(a227), .b(a228), .clk(clk), .q(t948));
 		addfxp_18_1 add98517(.a(a229), .b(a230), .clk(clk), .q(t949));
 		subfxp_18_1 sub98538(.a(a231), .b(a232), .clk(clk), .q(t950));
 		addfxp_18_1 add98559(.a(a233), .b(a234), .clk(clk), .q(t951));
 		subfxp_18_1 sub98789(.a(a235), .b(a236), .clk(clk), .q(t968));
 		addfxp_18_1 add98796(.a(a235), .b(a236), .clk(clk), .q(t969));
 		addfxp_18_1 add98817(.a(a237), .b(a238), .clk(clk), .q(t970));
 		subfxp_18_1 sub98824(.a(a237), .b(a238), .clk(clk), .q(t971));
 		addfxp_18_1 add99010(.a(a239), .b(a240), .clk(clk), .q(t984));
 		subfxp_18_1 sub99017(.a(a239), .b(a240), .clk(clk), .q(t985));
 		subfxp_18_1 sub99083(.a(a241), .b(a242), .clk(clk), .q(t990));
 		addfxp_18_1 add99104(.a(a243), .b(a244), .clk(clk), .q(t991));
 		subfxp_18_1 sub99125(.a(a245), .b(a246), .clk(clk), .q(t992));
 		addfxp_18_1 add99146(.a(a247), .b(a248), .clk(clk), .q(t993));

always @(posedge clk) begin
	if (reset == 1) begin
		next <= 1'b0;
	end else begin
		X0 <= X0_in;
		X1 <= X1_in;
		X2 <= X2_in;
		X3 <= X3_in;
		X4 <= X4_in;
		X5 <= X5_in;
		X6 <= X6_in;
		X7 <= X7_in;
		X8 <= X8_in;
		X9 <= X9_in;
		X10 <= X10_in;
		X11 <= X11_in;
		X12 <= X12_in;
		X13 <= X13_in;
		X14 <= X14_in;
		X15 <= X15_in;
		X16 <= X16_in;
		X17 <= X17_in;
		X18 <= X18_in;
		X19 <= X19_in;
		X20 <= X20_in;
		X21 <= X21_in;
		X22 <= X22_in;
		X23 <= X23_in;
		X24 <= X24_in;
		X25 <= X25_in;
		X26 <= X26_in;
		X27 <= X27_in;
		X28 <= X28_in;
		X29 <= X29_in;
		X30 <= X30_in;
		X31 <= X31_in;
		next <= next_in;
		tm24 <= t922;
		tm27 <= t923;
		tm30 <= t924;
		tm33 <= t925;
		tm36 <= t926;
		tm39 <= t927;
		tm42 <= t928;
		tm45 <= t929;
		tm48 <= t938;
		tm51 <= t939;
		tm54 <= t960;
		tm57 <= t961;
		tm60 <= (~(t963)+1);
		tm63 <= t962;
		tm66 <= t980;
		tm69 <= t981;
		tm25 <= tm24;
		tm28 <= tm27;
		tm31 <= tm30;
		tm34 <= tm33;
		tm37 <= tm36;
		tm40 <= tm39;
		tm43 <= tm42;
		tm46 <= tm45;
		tm49 <= tm48;
		tm52 <= tm51;
		tm55 <= tm54;
		tm58 <= tm57;
		tm61 <= tm60;
		tm64 <= tm63;
		tm67 <= tm66;
		tm70 <= tm69;
		tm26 <= tm25;
		tm29 <= tm28;
		tm32 <= tm31;
		tm35 <= tm34;
		tm38 <= tm37;
		tm41 <= tm40;
		tm44 <= tm43;
		tm47 <= tm46;
		tm50 <= tm49;
		tm53 <= tm52;
		tm56 <= tm55;
		tm59 <= tm58;
		tm62 <= tm61;
		tm65 <= tm64;
		tm68 <= tm67;
		tm71 <= tm70;
	end
end

endmodule
module multfix_alt_dsp_18 (
	input [17:0] ax,
	input [17:0] ay,
	input [17:0] bx,
	input [17:0] by,
	input clk,
	output [17:0] a_q_sc,
	output [17:0] a_q_unsc,
	output [17:0] b_q_sc,
	output [17:0] b_q_unsc,
	input rst
);

wire [35:0] a_res;
wire [35:0] b_res;

assign a_q_unsc = a_res[17:0];
assign a_q_sc = {a_res[35-1], a_res[32			:16]};
assign b_q_unsc = b_res[17:0];
assign b_q_sc = {b_res[35-1], b_res[32			:16]};

dsp_signed_mult_18x18_unit_18_36_0 dsp_signed_mult_18x18_unit_18_36_0_inst (
	.clk(clk),
	.ena(1'b1),
	.reset(rst),
	.i_valid(),
	.o_valid(),
	.ax(ax),
	.ay(ay),
	.bx(bx),
	.by(by),
	.resulta(a_res),
	.resultb(b_res)
);

endmodule
module dsp_signed_mult_18x18_unit_18_36_0 (
	input clk,
	input reset,
	input ena,
	input i_valid,
	input [17:0] ax,
	input [17:0] ay,
	input [17:0] bx,
	input [17:0] by,
	output o_valid,
	output [35:0] resulta,
	output [35:0] resultb 
);

reg [35:0] reg_resa, reg_resb;
always @(posedge clk) begin
	reg_resa <= ax * ay;
	reg_resb <= bx * by;
end
assign resulta = reg_resa;
assign resultb = reg_resb;
reg input_valid, result_valid, output_valid;
always @ (posedge clk) begin
	if (reset) begin
		output_valid <= 1'b0;
		input_valid <= 1'b0;
		result_valid <= 1'b0;
	end else if (ena) begin
		input_valid <= i_valid;
		result_valid <= input_valid;
		output_valid <= result_valid;
	end
end
assign o_valid = output_valid;

endmodule
module shiftRegFIFO_5_1 (
	input [0:0] X,
	output [0:0] Y,
	input reset,
	input clk
);

reg [0:0] mem_0;
reg [0:0] mem_1;
reg [0:0] mem_2;
reg [0:0] mem_3;
reg [0:0] mem_4;
assign Y = mem_4;

always @ (posedge clk) begin
	if (reset) begin
		mem_0 <= 0;
		mem_1 <= 0;
		mem_2 <= 0;
		mem_3 <= 0;
		mem_4 <= 0;
	end else begin
		mem_1 <= mem_0;
		mem_2 <= mem_1;
		mem_3 <= mem_2;
		mem_4 <= mem_3;
		mem_0 <= X;
	end
end

endmodule